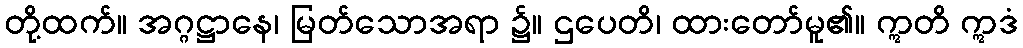
တို့ထက်။ အဂ္ဂဋ္ဌာနေ၊ မြတ်သောအရာ ၌။ ဌပေတိ၊ ထားတော်မူ၏။ ဣတိ ဣဒံ